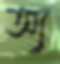
অ্য